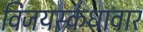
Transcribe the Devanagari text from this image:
विजयस्कंधावार